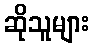
ဆိုသူများ